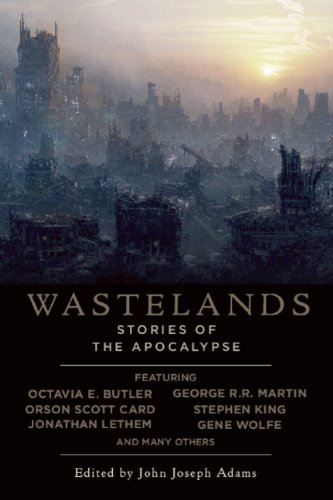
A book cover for Wastelands; Science Fiction & Fantasy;